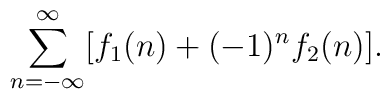
\sum_{n=-\infty}^\infty [f_1(n) + (-1)^n f_2(n)].